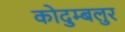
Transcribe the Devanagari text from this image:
कोदुम्बलुर